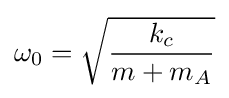
\omega _{0}={\sqrt {\frac {k_{c}}{m+m_{A}}}}